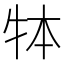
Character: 𤙃